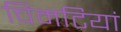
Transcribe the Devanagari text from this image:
चिमटियां